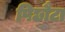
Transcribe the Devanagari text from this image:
पिछौटा